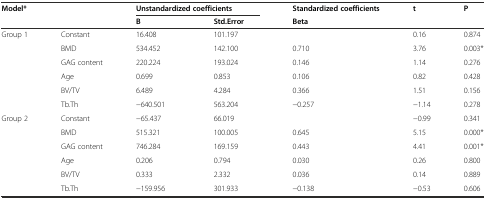
| <COLSPAN=2> Model* | <COLSPAN=2> Unstandardized coefficients | Standardized coefficients | t | P |
 |  |  | B | Std.Error | Beta |  |  |
 | --- | --- | --- | --- | --- | --- | --- |
 | <ROWSPAN=2> Group 1 | Constant | 16.408 | 101.197 |  | 0.16 | 0.874 |
 | BMD | 534.452 | 142.100 | 0.710 | 3.76 | 0.003* |
 |  | GAG content | 220.224 | 193.024 | 0.146 | 1.14 | 0.276 |
 |  | Age | 0.699 | 0.853 | 0.106 | 0.82 | 0.428 |
 |  | BV/TV | 6.489 | 4.284 | 0.366 | 1.51 | 0.156 |
 |  | Tb.Th | −640.501 | 563.204 | −0.257 | −1.14 | 0.278 |
 | <ROWSPAN=3> Group 2 | Constant | −65.437 | 66.019 |  | −0.99 | 0.341 |
 | BMD | 515.321 | 100.005 | 0.645 | 5.15 | 0.000* |
 | GAG content | 746.284 | 169.159 | 0.443 | 4.41 | 0.001* |
 |  | Age | 0.206 | 0.794 | 0.030 | 0.26 | 0.800 |
 |  | BV/TV | 0.333 | 2.332 | 0.036 | 0.14 | 0.889 |
 |  | Tb.Th | −159.956 | 301.933 | −0.138 | −0.53 | 0.606 |